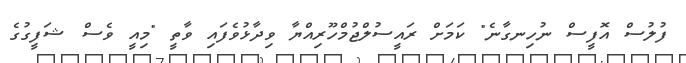
ފުލުސް އޮފީސް ނުހިނގާނެ" ކަމަށް ރައީސުލްޖުމްހޫރިއްޔާ ވިދާޅުވެފައި ވާތީ "މިއީ ވެސް ޝަފީގުގެ